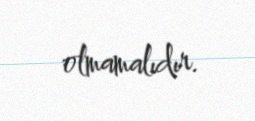
olmamalıdır.